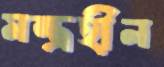
মন্ত্রহীন